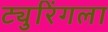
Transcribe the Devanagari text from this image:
ट्युरिंगला